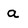
Character: a